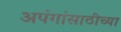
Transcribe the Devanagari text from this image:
अपंगांसाठीच्या